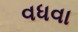
વધવા